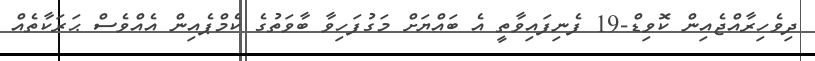
ދިވެހިރާއްޖެއިން ކޮވިޑް-19 ފެނިފައިވާތީ އެ ބައްޔަށް މަގުފަހިވާ ބާވަތުގެ ކެމްޕެއިން އެއްވެސް ޙަރަކާތެއް